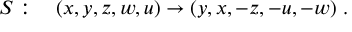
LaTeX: S : \quad ( x , y , z , w , u ) \to ( y , x , - z , - u , - w ) ~ .